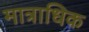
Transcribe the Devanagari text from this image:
मात्राधिक